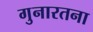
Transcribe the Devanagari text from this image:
गुनारतना